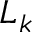
L _ { k }